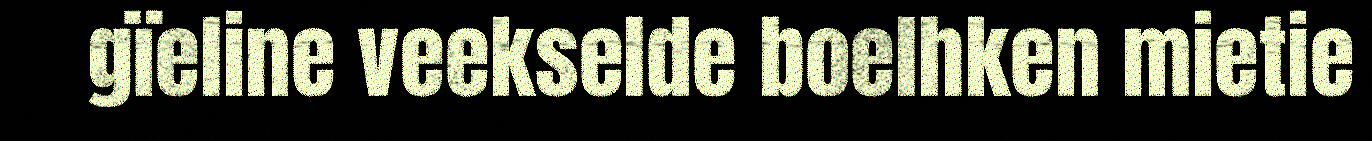
gïeline veekselde boelhken mietie